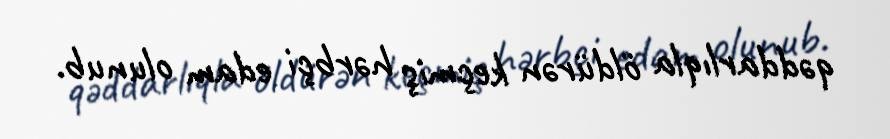
qəddarlıqla öldürən keçmiş hərbçi edam olunub.